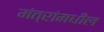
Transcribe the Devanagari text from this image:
मंत्रांमधील